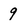
Character: 9